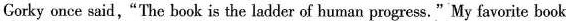
Corky once said，”The book is the ladder of human progress。”My favorite book